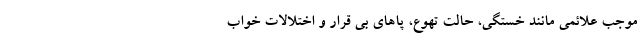
موجب علائمی مانند خستگی، حالت تهوع، پاهای بی قرار و اختلالات خواب